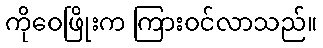
ကိုဝေဖြိုးက ကြားဝင်လာသည်။